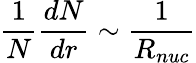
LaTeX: {\frac{1}{N}}{\frac{dN}{dr}}\sim{\frac{1}{R_{nuc}}}